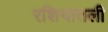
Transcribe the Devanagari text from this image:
रशियातली